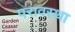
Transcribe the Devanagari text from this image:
परावस्था